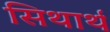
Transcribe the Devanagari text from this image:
सिथार्थ